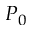
P _ { 0 }